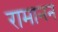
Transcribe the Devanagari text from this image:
रामानन